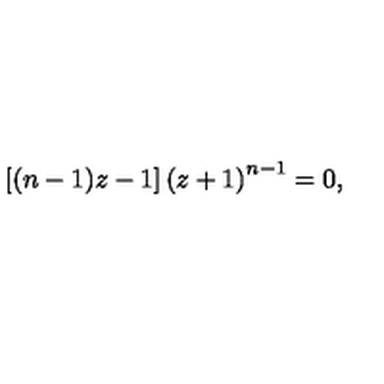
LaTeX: \left[ ( n - 1 ) z - 1 \right] \left( z + 1 \right) ^ { n - 1 } = 0 ,